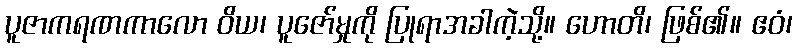
ပူဇာကရဏကာလော ဝိယ၊ ပူဇော်မှုကို ပြုရာအခါကဲ့သို့။ ဟောတိ၊ ဖြစ်၏။ ဧဝံ၊